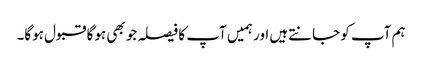
ہم آپ کو جانتےہیں اور ہمیں آپ کا فیصلہ جو بھی ہوگا قبول ہوگا۔